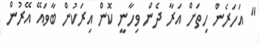
" އަހަރެން ހިތަށް އަރާ ދެން ވިހާނީ ކޮން އިރަކުން ބާވައޭ އޭރުން